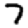
Digit: 7